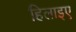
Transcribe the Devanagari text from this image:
हिलाइए